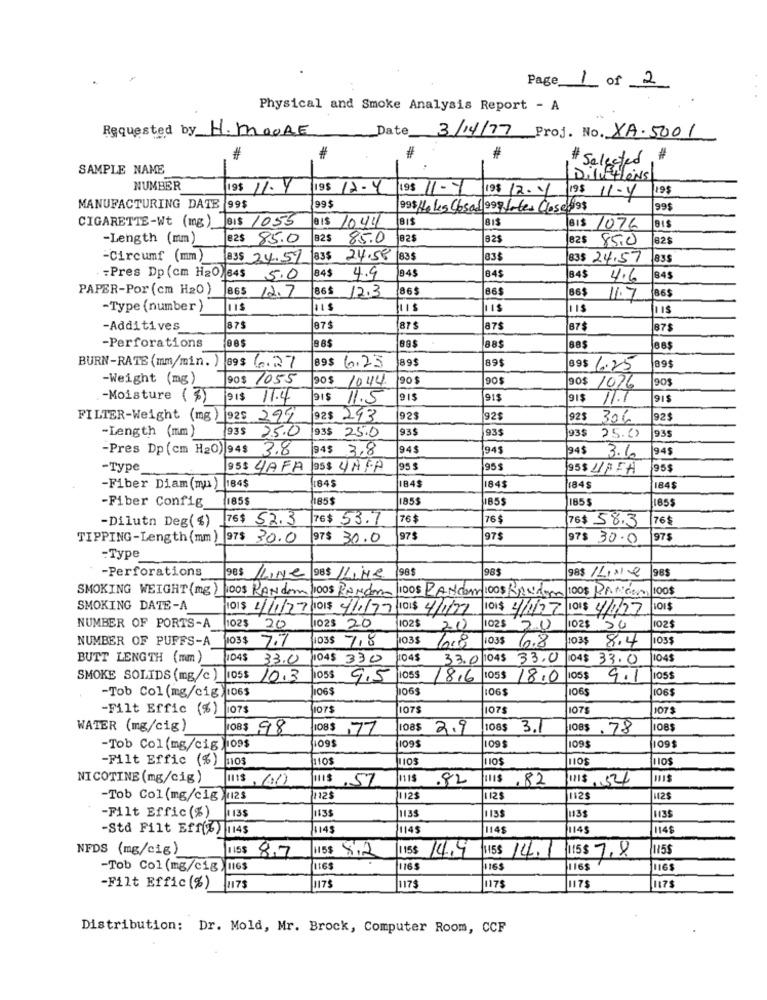
Page 1 of 2
Physical and Smoke Analysis Report - A
Requested by H. MOORE
Date 3/14/77 Proj. No. XA.5001
#
#
SAMPLE NAME
# Selected
DiVEHIONS
NUMBER
19$ 11.4
19$ 12-4
195 11-7 198 12.1
195
19 $ 11-4
MANUFACTURING DATE 99$
99$
99516 les Cosad 999 fabes Close 99$
99$
CIGARETTE-Wt (mg) BIS 1055
BIS 1044
BIS
BIS
1076
-Length (mm)
82$ 85.0
82$
85.0
82$
825
85.0
82$
-Circumf (mm)
83$ 24.59
83$
24.58 835
83$
83$ 24.57
835
84$
-Pres Dp(cm H20) 845 5.0
4.9
84$
84$
4.6
84$
PAPER-Por (cm H20)
86$
12.3
865
86$
86$
86$
865 12.7
1.7
-Type (number )
IS
-Additives
875
875
87$
87$
87$
87$
08$
98$
-Perforations
88$
BURN-RATE (mm/min. )
89$
89
89$ 6.27
89$ 6.23
89$ 6.25
89$
-Weight (mg)
90$ 1055
90$
1044
90 $
90$
90$ 1076
-Moisture ( 7)
91$ 11.4
915
11.5
915
91$
91$
11.1
FILTER-Weight (mg) 925 291
92$ 293
92$
92$
923 306
92$
-Length (mm)
93$
93$
935
93$ 25.0
93$ 25.0
25.0>
-Pres Dp (cm H2O) 94$ 3.8
94$ 3.8
94$
945
94$
945
3.6
-Type
95$ 4/AFA
95$ 4NFR
95 $
95$
95$ UPFA
95$
-Fiber Diam(mu) 184$
845
184$
184$
184$
184$
-Fiber Config
185
185$
1853
185$
185 $
185$
-Dilutn Deg(%)
76$ 52.3
76$ 53.7
76$
76 $
76$ 58.3
76$
TIPPING-Length (mm) 97$ 30.0
97$ 30.0
97$
97$
97$ 30.0
97$
:Type
-Perforations
98$
98$
985
98$
LLING 98$ 1LHe
98$ /Liste
100$ PANCOM
100$
SMOKING WEIGHT (mg) 100$ KANdom /100$ RANdor 100$ PANdom 100$ KANAm
SMOKING DATE-A
OI$ 2/1/27/1015 4/1/79 NOI$ 4/1/77
IDI $ 4/1/27
FOI $ 4/1/27
OI$
102$
102
NUMBER OF PORTS-A
102$ 20
028 20
20
5.0
102$
50
102$
NUMBER OF PUFFS-A
103$
7.7
035
7.8
1035
1035
1035
8.4
103$
6.8
6.8
BUTT LENGTH (mm)
04$
33.0
04$ 330
1045
33.0 10.45 33.0
04$ 33.0
1045
SMOKE SOLIDS (mg/c) 105$ 10.3
05$ 9.5
1055
8,6
1055
18.0
1055
9.1
-Tob Col (mg/cig) 106$
106$
1065
106$
1065
106$
-Filt Effic (%) 1075
107$
1075
1075
1075
107$
WATER (mg/cig)
JOBS 98
08$ 77
108$ 2.9
|108$
3.
108$.78
1085
109
-Tob Col (mg/cig ,109$
109$
1095
109$
-Filt Effic (%) 108
10$
Los
NICOTINE (mg/cig)
115
.82
III$ .82
11$ 54
.57
-Tob Col (mg/cig )12$
112$
1125
12$
1125
12$
1135
135
1135
-Filt Effic(%)
1135
1135
-Stå Filt Eff(6) 1145
114$
1145
114
14$
114$
NFDS (mg/cig)
115$ 8,7
115$ 8.2
us$ 14.9
115$ 7.8
115$
115$ 14.1
-Tob Col (mg/cig , l16$
1165
16$
116$
116$
-Filt Effic (%)
1175
1175
117$
1175
1175
1175
Distribution: Dr. Mold, Mr. Brock, Computer Room, CCF